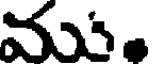
మ.